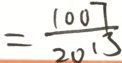
= \frac { 1 0 0 7 } { 2 0 1 3 }